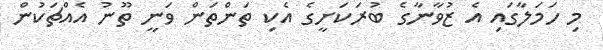
މި ހަމަލާގައި އެ ޒުވާނާގެ ބުރަކަށީގެ އެކި ތަންތަން ވަނީ ތޫނު އެއްޗަކުން